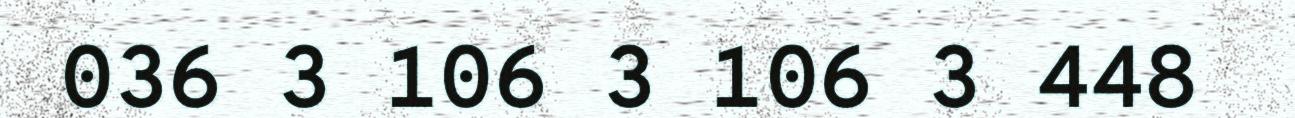
036 3 106 3 106 3 448